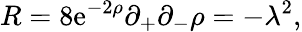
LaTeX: R=8\mathrm{e}^{-2\rho}\partial_{+}\partial_{-}\rho=-\lambda^{2},